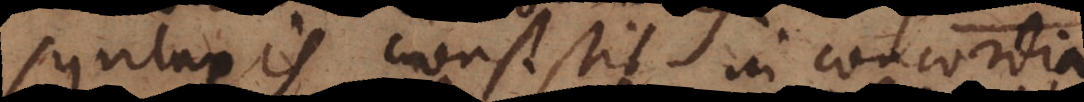
Syntaxis consistit in concordia